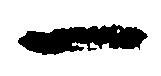
一